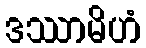
ဒဿာမိဟံ